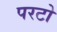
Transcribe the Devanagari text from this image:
परटो